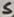
Text: S